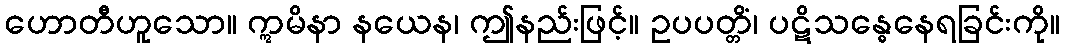
ဟောတီဟူသော။ ဣမိနာ နယေန၊ ဤနည်းဖြင့်။ ဥပပတ္တိံ၊ ပဋိသန္ဓေနေရခြင်းကို။